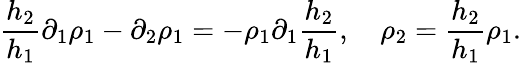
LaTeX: \frac{h_{2}}{h_{1}}\partial_{1}\rho_{1}-\partial_{2}\rho_{1}=-\rho_{1}\partial_{1}\frac{h_{2}}{h_{1}},\quad\rho_{2}=\frac{h_{2}}{h_{1}}\rho_{1}.